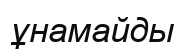
ұнамайды